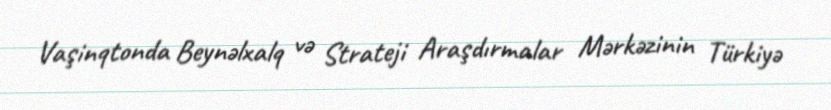
Vaşinqtonda Beynəlxalq və Strateji Araşdırmalar Mərkəzinin Türkiyə